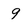
Character: 9